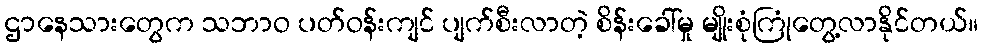
ဌာနေသားတွေက သဘာဝ ပတ်ဝန်းကျင် ပျက်စီးလာတဲ့ စိန်းခေါ်မှု မျိုးစုံကြုံတွေ့လာနိုင်တယ်။